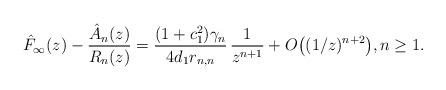
LaTeX: \begin{align*} \hat{F}_{\infty}(z) - \frac{\hat{A}_{n}(z)}{R_{n}(z)} = \frac{(1+c_1^2)\gamma_{n}}{4d_1 r_{n,n}}\, \frac{1}{z^{n+1}} + O\big((1/z)^{n+2}\big), n \geq 1.\end{align*}